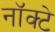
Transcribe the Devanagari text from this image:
नॉक्टे